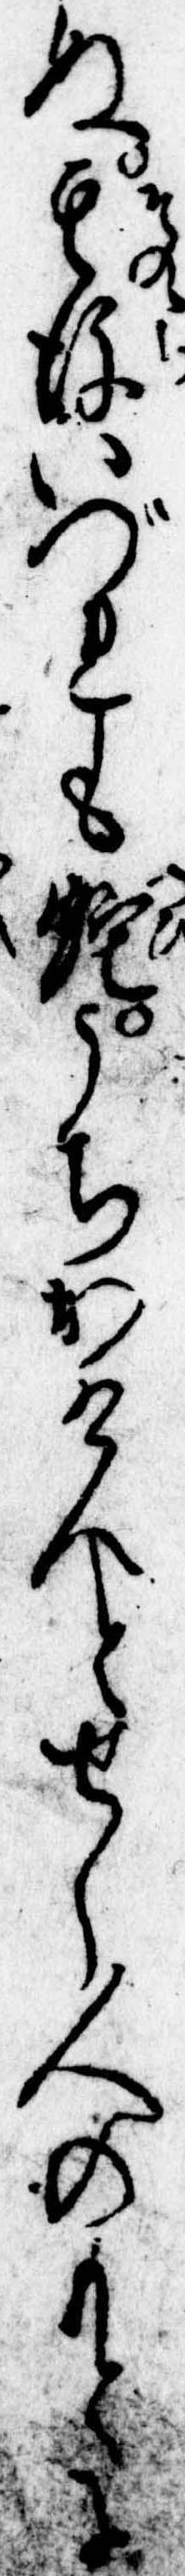
ぬ其後いづれも蛇うちかけんとせし人のもとに